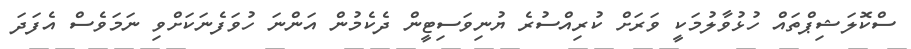
ސްކޮލަޝިޕްތައް ހުޅުވާލުމަކީ ވަރަށް ކުރިއްސުރެ ޔުނިވަސިޓީން ދެކެމުން އަންނަ ހުވަފެނަކަށްވި ނަމަވެސް އެފަދަ